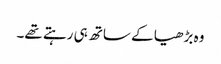
وہ بڑھیا کے ساتھ ہی رہتے تھے۔